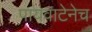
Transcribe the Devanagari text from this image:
पायवाटेनेच